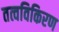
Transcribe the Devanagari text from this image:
तत्वविकिरण